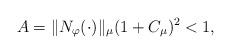
LaTeX: \begin{align*}A = \|N_{\varphi}(\cdot)\|_{\mu} (1 + C_{\mu})^2<1,\end{align*}